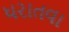
ધરાતવા